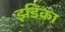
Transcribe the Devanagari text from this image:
इडिका